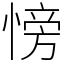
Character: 㥬